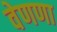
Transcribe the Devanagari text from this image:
वेणणा